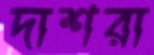
দাশরা